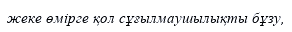
жеке өмірге қол сұғылмаушылықты бұзу,